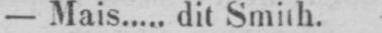
- Mais..... dit Smith.